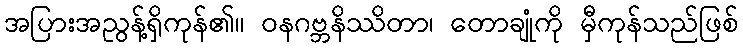
အပြားအညွန့်ရှိကုန်၏။ ဝနဂဗ္ဘနိဿိတာ၊ တောချုံကို မှီကုန်သည်ဖြစ်